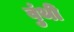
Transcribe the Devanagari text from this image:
वुंथी